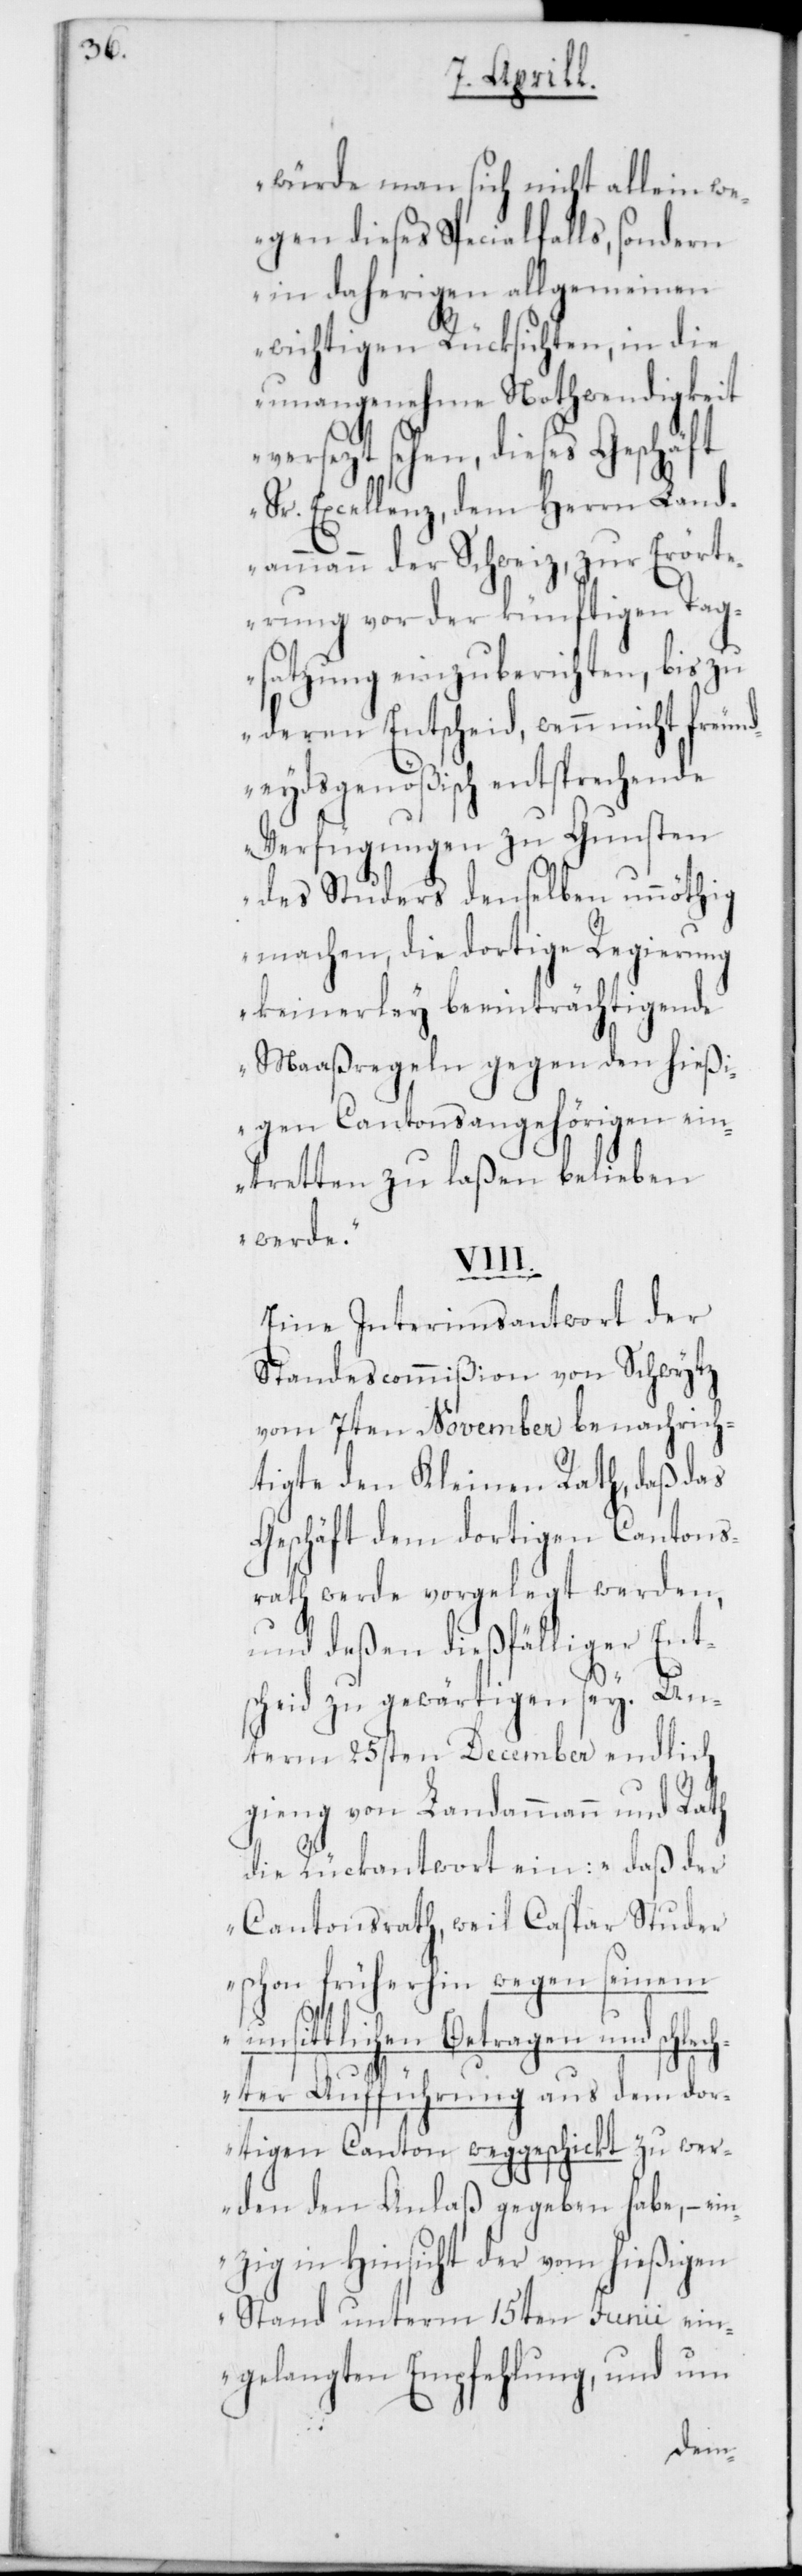
würde man sich nicht allein we¬
gen dieses Specialfalls, sondern
in daherigen allgemeinen
wichtigen Rücksichten, in die
unangenehme Nothwendigkeit
versetzt sehen, dieses Geschäft
Sr. Excellenz dem Herrn Land¬
ammann der Schweiz, zur Erört¬
erung vor der künftigen Tag¬
satzung einzuberichten, bis zu
deren Entscheid, wenn nicht freu¬
ndeydsgenößisch entsprechende
Verfügungen zu Gunsten
des Studers denselben unnöthig
machen, die dortige Regierung
keinerley beeinträchtigende
Maaßregeln gegen den hießi¬
gen Cantonsangehörigen ein¬
tretten zu laßen belieben
werde“.
Eine Interimsantwort der
Standescommißion von Schwytz
vom 7ten November benachrich¬
tigte den Kleinen Rath, daß das
Geschäft dem dortigen Cantons¬
rath werde vorgelegt werden,
und deßen dießfälliger Ent¬
scheid zu gewärtigen sey. Un¬
term 25sten December endlich
gieng von Landammann und Rath
die Rückantwort ein: „daß der
Cantonsrath, weil Caspar Studer
schon früherhin wegen seinem
unsittlichen Betragen und sch¬
lechter Aufführung aus dem dor¬
tigen Canton weggeschickt zu wer¬
den den Anlaß gegeben habe, – e¬
inzig in Hinsicht der vom hießigen
Stand unterm 15ten Junii ein¬
gelangten Empfehlung, und um